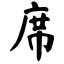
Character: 席